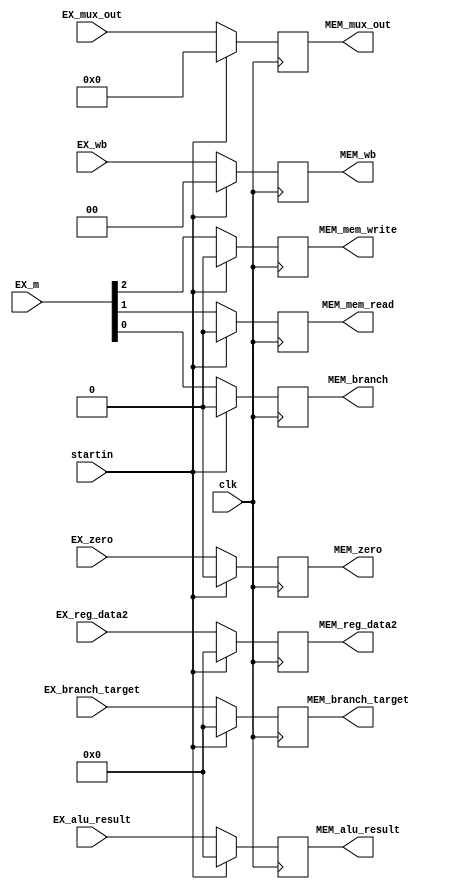
module EX_MEM_reg (
    input clk,
    input startin,
    input [1:0] EX_wb,
    input [2:0] EX_m,
    input [31:0] EX_branch_target,
    input EX_zero,
    input [31:0] EX_alu_result,
    input [31:0] EX_reg_data2,
    input [4:0] EX_mux_out,
    output reg [1:0] MEM_wb,
    output reg MEM_branch,
    output reg MEM_mem_read,
    output reg MEM_mem_write,
    output reg [31:0] MEM_branch_target,
    output reg MEM_zero,
    output reg [31:0] MEM_alu_result,
    output reg [31:0] MEM_reg_data2,
    output reg [4:0] MEM_mux_out
);

  always @(posedge clk) begin
    if (startin) begin
      MEM_wb <= 2'b0;
      MEM_branch <= 1'b0;
      MEM_mem_read <= 1'b0;
      MEM_mem_write <= 1'b0;
      MEM_branch_target <= 32'b0;
      MEM_zero <= 1'b0;
      MEM_alu_result <= 32'b0;
      MEM_reg_data2 <= 32'b0;
      MEM_mux_out <= 5'b0;
    end else begin
      MEM_wb <= EX_wb;
      MEM_branch <= EX_m[0];
      MEM_mem_read <= EX_m[1];
      MEM_mem_write <= EX_m[2];
      MEM_branch_target <= EX_branch_target;
      MEM_zero <= EX_zero;
      MEM_alu_result <= EX_alu_result;
      MEM_reg_data2 <= EX_reg_data2;
      MEM_mux_out <= EX_mux_out;
    end
  end
endmodule